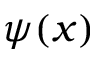
\psi ( x )